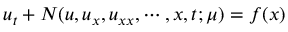
u _ { t } + N ( u , u _ { x } , u _ { x x } , \cdots , x , t ; \mu ) = f ( x )